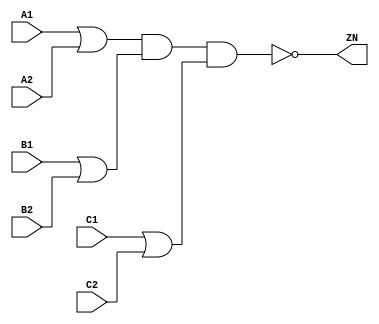
module OAI222_X2 (A1, A2, B1, B2, C1, C2, ZN);
  input A1;
  input A2;
  input B1;
  input B2;
  input C1;
  input C2;
  output ZN;

  not(ZN, i_20);
  and(i_20, i_21, i_24);
  and(i_21, i_22, i_23);
  or(i_22, A1, A2);
  or(i_23, B1, B2);
  or(i_24, C1, C2);


endmodule